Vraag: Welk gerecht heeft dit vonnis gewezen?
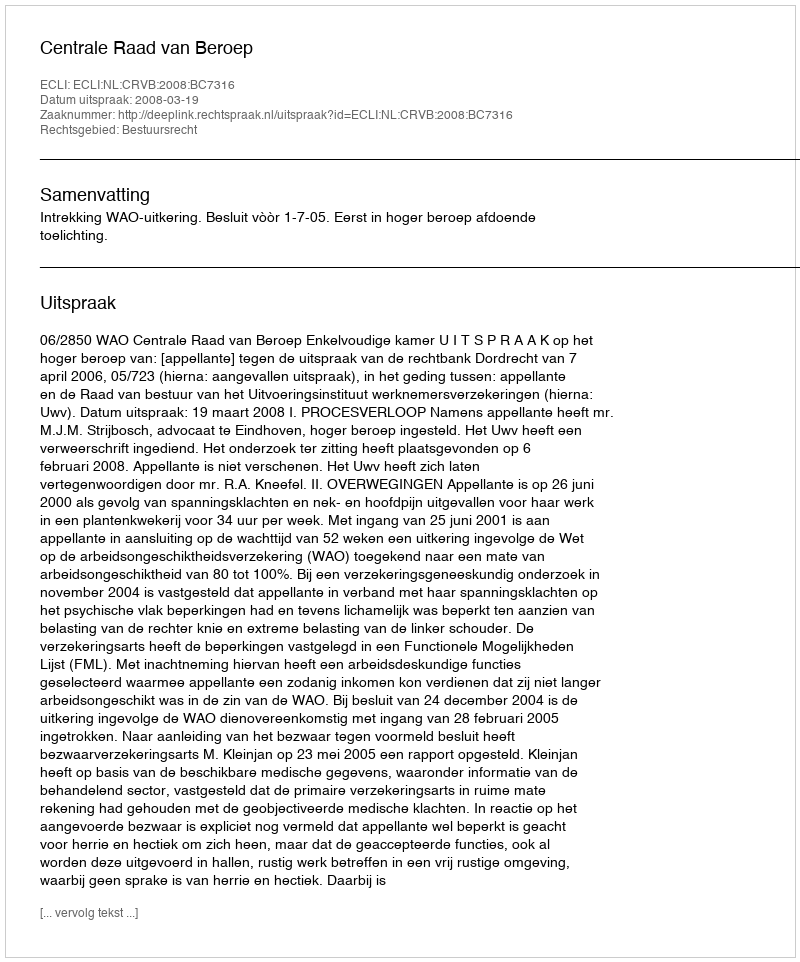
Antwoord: Centrale Raad van Beroep